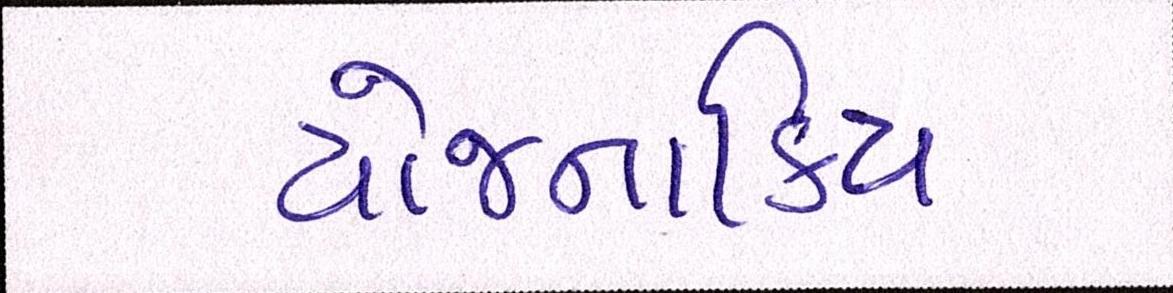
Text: યોજનાકિય